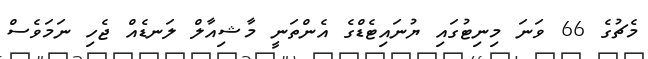
މެޗުގެ 66 ވަނަ މިނިޓުގައި ޔުނައިޓެޑްގެ އެންތަނީ މާޝިއާލް ލަނޑެއް ޖެހި ނަމަވެސް